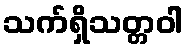
သက်ရှိသတ္တဝါ